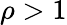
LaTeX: \rho>1